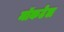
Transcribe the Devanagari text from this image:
मॉकटेल